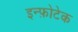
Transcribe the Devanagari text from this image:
इन्फ़ोटेक